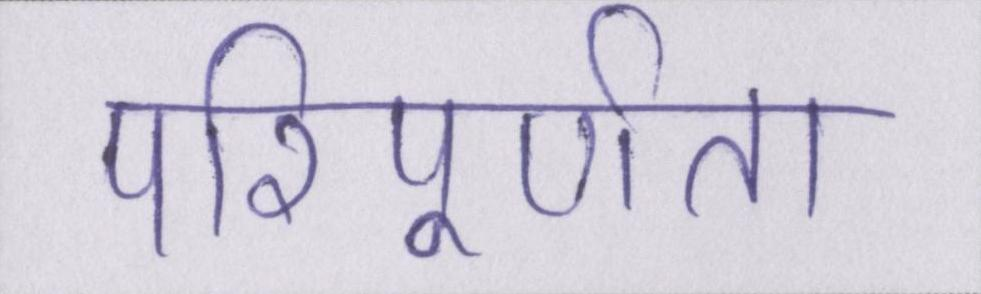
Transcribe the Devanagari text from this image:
परिपूर्णता